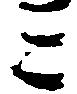
ミ